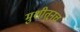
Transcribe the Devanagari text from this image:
मुशीतूनच